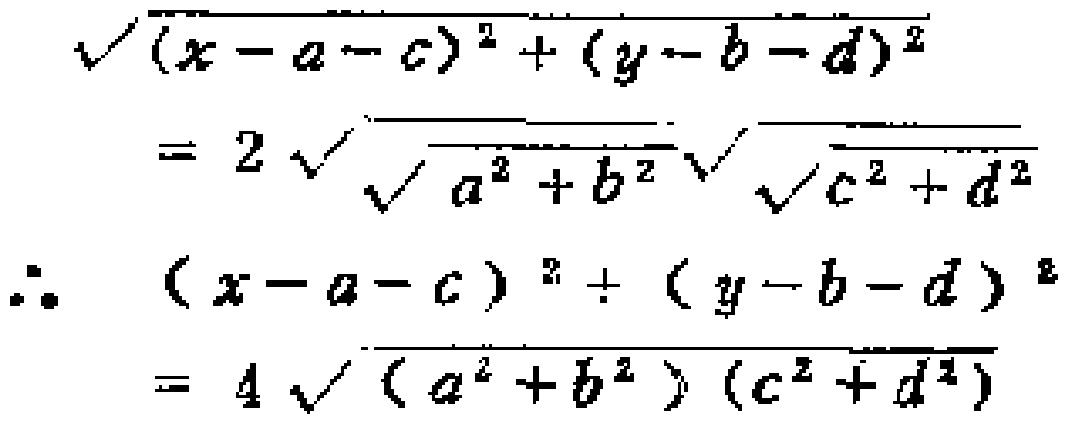
\[\begin{align*}
\sqrt{(x - a - c)^2+(y - b - d)^2}&=2\sqrt{\sqrt{a^{2}+b^{2}}\sqrt{c^{2}+d^{2}}}\\
\therefore\ (x - a - c)^2+(y - b - d)^2&=4\sqrt{(a^{2}+b^{2})(c^{2}+d^{2})}
\end{align*}\]